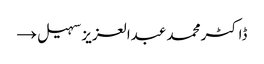
ڈاکٹر محمد عبدالعزیز سہیل →